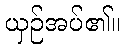
ယှဉ်အပ်၏။